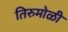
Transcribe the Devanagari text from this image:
तिरुमोळी